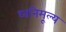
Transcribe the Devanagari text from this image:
ध्वनिमूल्य